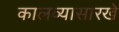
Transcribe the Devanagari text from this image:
कालव्यासारखे